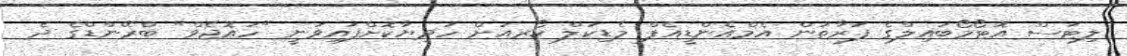
ލިޓަސް އޮޓޯމޯބައިލްގެ ފަރާތުން އެމްއެންޑީއެފް މެޑިކަލް ކޯރއަށް ހަދިޔާކޮށްފައިވަނީ "ހައޮޖެވް" ބްރޭންޑްގެ ދެ